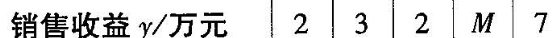
销售收益y/万元 2 3 2 M 7